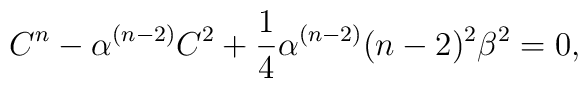
C^{n}-\alpha^{(n-2)}C^{2}+\frac{1}{4}\alpha^{(n-2)}(n-2)^{2}\beta^{2}=0,